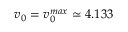
v _ { 0 } = v _ { 0 } ^ { m a x } \simeq 4 . 1 3 3